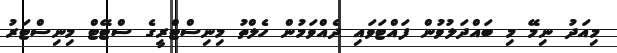
މިއަދު ނިމޭ މި ބައްދަލުވުން ފައްޓަވައި ދެއްވަމުން ހެލްތު މިނިސްޓްރީގެ ސްޓޭޓް މިނިސްޓަރު